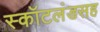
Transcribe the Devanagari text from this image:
स्कॉटलंडसह